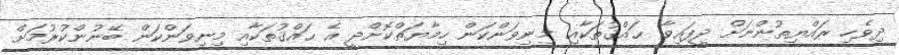
ދިވެހި ރައްޔިތުންނަށް ދީފައިވާ ޙައްޤުތަކާއި މިނިވަންކަން ހިމާޔަތްކޮށްދީ އެ ޙައްޤުތަކާއި މިނިވަންކަން ބޭނުންކުރުމަށް